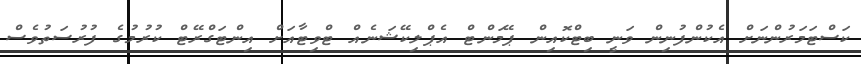
ކަސްޓަމަރުންނަށް އެކުންފުނިން ވަނީ ބިޓްކޮއިން ޕޭމަންޓް އެޕްލިކޭޝަނެއް ޓްވިޓާއަށް އިންޓަގްރޭޓް ކުރުމުގެ ފުރުސަތުވެސް